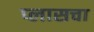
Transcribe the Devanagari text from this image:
प्लासचा